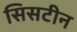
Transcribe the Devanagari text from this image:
सिसटीन